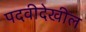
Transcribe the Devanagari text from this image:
पदवीदेखील